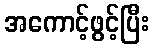
အကောင့်ဖွင့်ပြီး